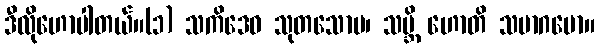
ဒီလိုဟောပါတယ်။(၁) သကိဒေဝ သုတသောမ၊ သဗ္ဘိ ဟောတိ သမာဂမော။